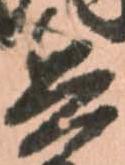
兵